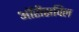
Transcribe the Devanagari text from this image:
ऑरीसविल